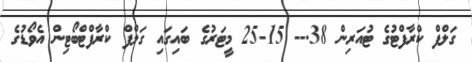
ގަލްފް ކްރާފްޓުގެ ޓުއަރިން 38.-- 15-25 މީޓަރުގެ ބައިގައި ގަލްފް ކްރާފްޓްބޯޓިން އެވޯޑުގެ